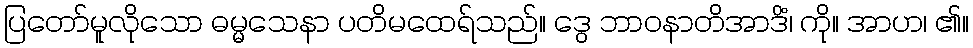
ပြတော်မူလိုသော ဓမ္မသေနာ ပတိမထေရ်သည်။ ဒွေ ဘာဝနာတိအာဒိံ၊ ကို။ အာဟ၊ ၏။